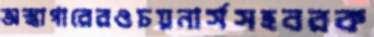
অস্ত্রাগারেরওচয়নার্সসহবরক